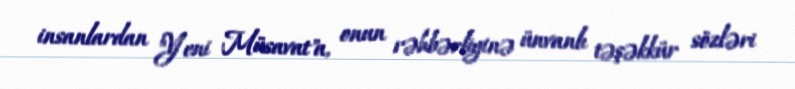
insanlardan "Yeni Müsavat"a, onun rəhbərliyinə ünvanlı təşəkkür sözləri